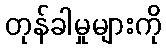
တုန်ခါမှုများကို